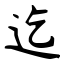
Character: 迄